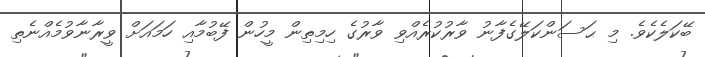
ބޭކަލެކެވެ. މި ޙަސަންކަލޭގެފާނު ވާރުކުރެއްވި ވާރުގެ ހިމިތިން މީހުން ފޭބުމާއި ހަމައަށް ވީރާނާވުމެއްނެތި